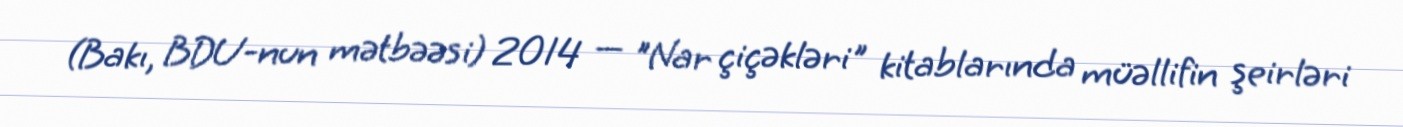
(Bakı, BDU-nun mətbəəsi) 2014 — "Nar çiçəkləri" kitablarında müəllifin şeirləri